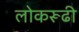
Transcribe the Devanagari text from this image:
लोकरूढी